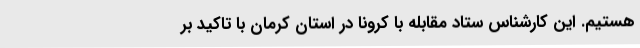
هستیم. این کارشناس ستاد مقابله با کرونا در استان کرمان با تاکید بر